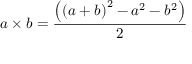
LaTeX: a \times b = { \frac { \left( \left( a + b \right) ^ { 2 } - a ^ { 2 } - b ^ { 2 } \right) } { 2 } }